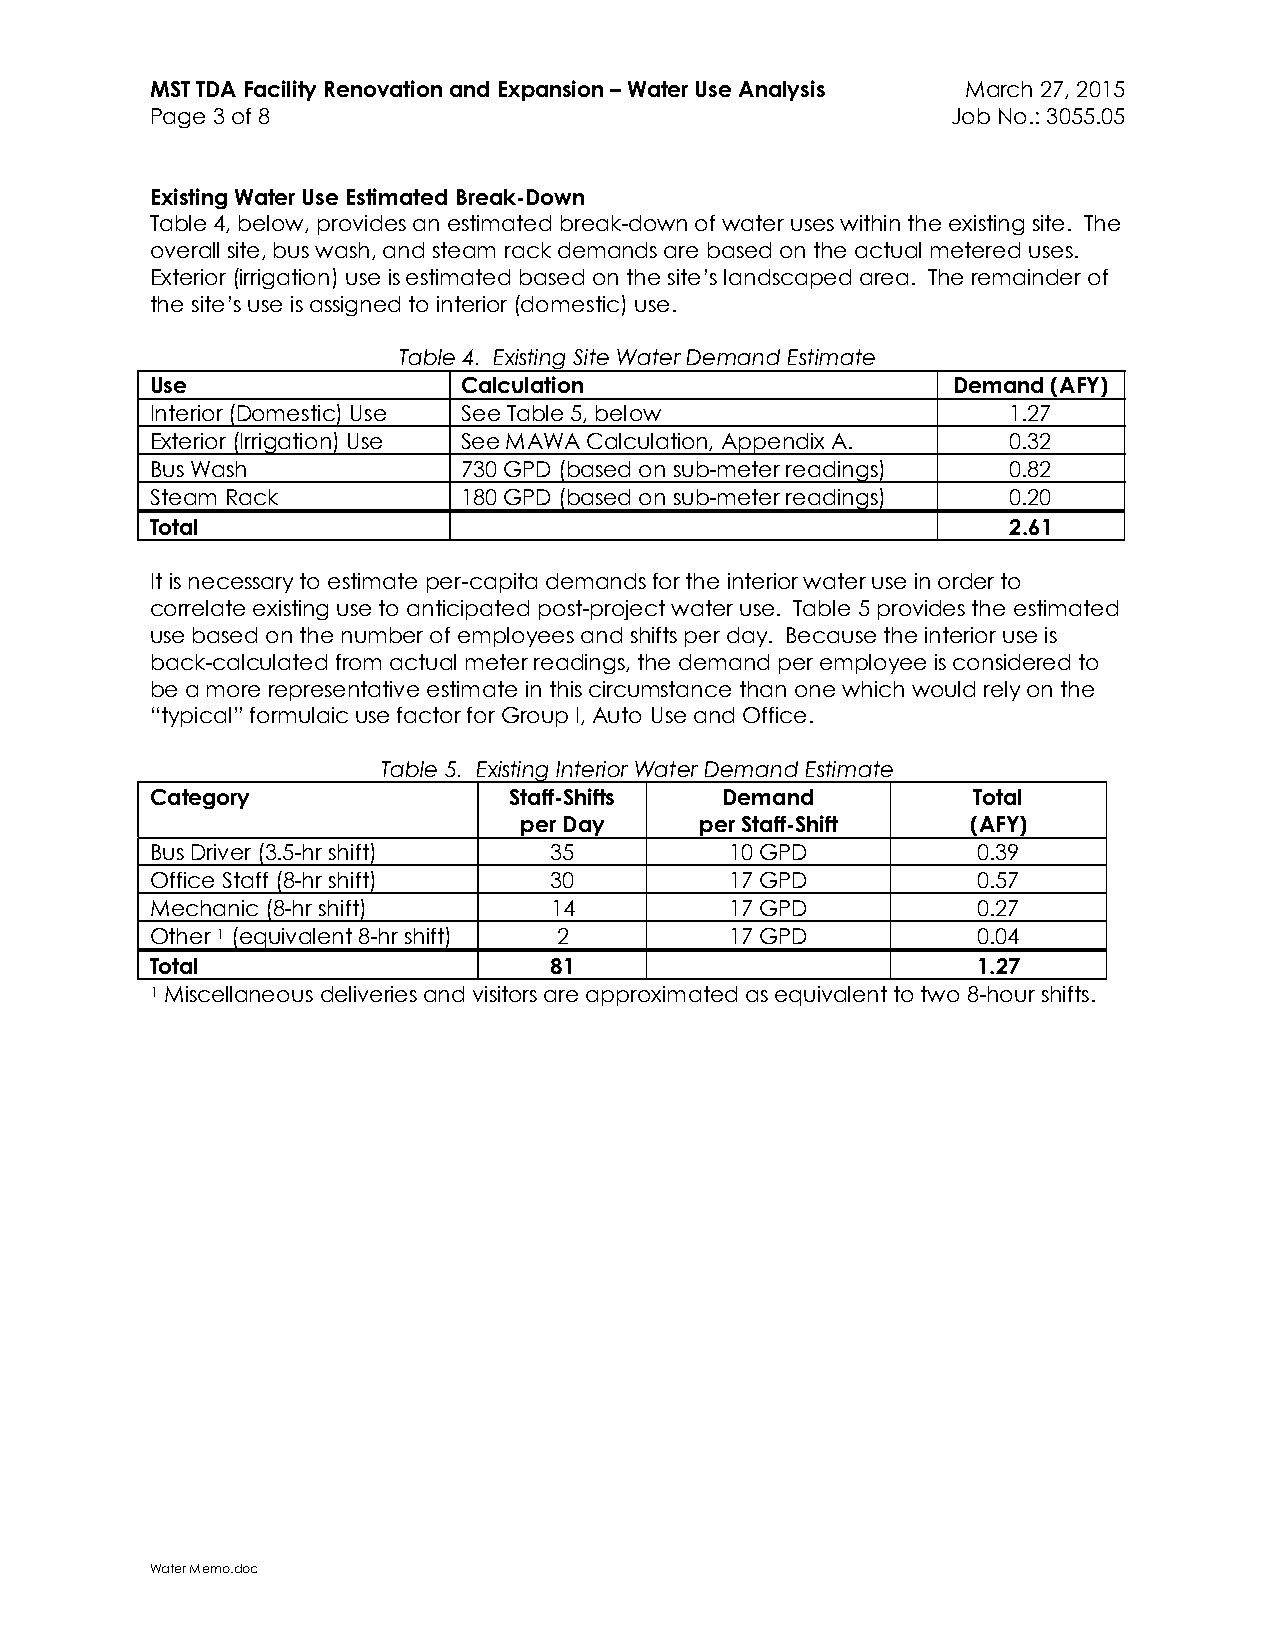
MST TDA Facility Renovation and Expansion – Water Use Analysis March 27, 2015
 Page 3 of 8                                          Job No.: 3055.05
 Existing Water Use Estimated Break-Down
 Table 4, below, provides an estimated break-down of water uses within the existing site. The
 overall site, bus wash, and steam rack demands are based on the actual metered uses.
 Exterior (irrigation) use is estimated based on the site’s landscaped area. The remainder of
 the site’s use is assigned to interior (domestic) use.
 Table 4. Existing Site Water Demand Estimate
 Use                  Calculation                     Demand (AFY)
 Interior (Domestic) Use See Table 5, below               1.27
 Exterior (Irrigation) Use See MAWA Calculation, Appendix A. 0.32
 Bus Wash             730 GPD (based on sub-meter readings) 0.82
 Steam Rack           180 GPD (based on sub-meter readings) 0.20
 Total                                                    2.61
 It is necessary to estimate per-capita demands for the interior water use in order to
 correlate existing use to anticipated post-project water use. Table 5 provides the estimated
 use based on the number of employees and shifts per day. Because the interior use is
 back-calculated from actual meter readings, the demand per employee is considered to
 be a more representative estimate in this circumstance than one which would rely on the
 “typical” formulaic use factor for Group I, Auto Use and Office.
 Table 5. Existing Interior Water Demand Estimate
 Category                Staff-Shifts  Demand          Total
 per Day     per Staff-Shift   (AFY)
 Bus Driver (3.5-hr shift) 35          10 GPD           0.39
 Office Staff (8-hr shift) 30          17 GPD           0.57
 Mechanic (8-hr shift)     14          17 GPD           0.27
 Other 1 (equivalent 8-hr shift) 2     17 GPD           0.04
 Total                     81                           1.27
 1 Miscellaneous deliveries and visitors are approximated as equivalent to two 8-hour shifts.
 Water Memo.doc